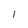
Character: l